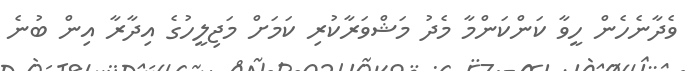
ވެދާނެހެން ހީވާ ކަންކަންމާ މެދު މަޝްވަރާކުރި ކަމަށް މަޖިލީހުގެ އިދާރާ އިން ބުނެ